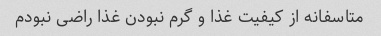
متاسفانه از کیفیت غذا و گرم نبودن غذا راضی نبودم